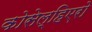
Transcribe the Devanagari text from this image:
कोसेल्हिएरो